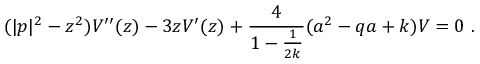
( | p | ^ { 2 } - z ^ { 2 } ) V ^ { \prime \prime } ( z ) - 3 z V ^ { \prime } ( z ) + \frac { 4 } { 1 - \frac { 1 } { 2 k } } ( a ^ { 2 } - q a + k ) V = 0 ~ .